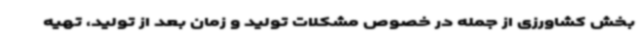
بخش کشاورزی از جمله در خصوص مشکلات تولید و زمان بعد از تولید، تهیه